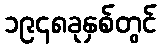
၁၉၄၈ခုနှစ်တွင်